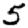
Digit: 5